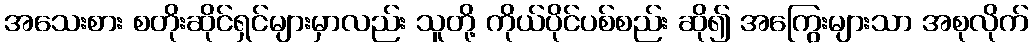
အသေးစား စတိုးဆိုင်ရှင်များမှာလည်း သူတို့ ကိုယ်ပိုင်ပစ်စည်း ဆို၍ အကြွေးများသာ အစုလိုက်